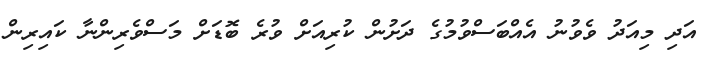
އަދި މިއަދު ވެވުނު އެއްބަސްވުމުގެ ދަށުން ކުރިއަށް ވުރެ ބޮޑަށް މަސްވެރިންނާ ކައިރިން